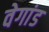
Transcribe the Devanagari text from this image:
वेगांड